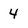
Character: 4